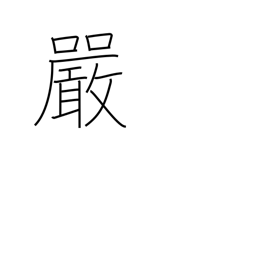
Meaning: strictness